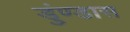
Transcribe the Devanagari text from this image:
डुंण्डास